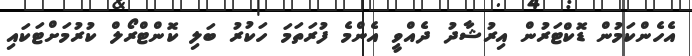
އެހެންކަމުން ޑޮކްޓަރުން އިރުޝާދު ދެއްވީ އެންމެ ފުރަތަމަ ހަކުރު ބަލި ކޮންޓްރޯލް ކުރުމަށްޓަކައި